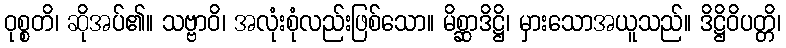
ဝုစ္စတိ၊ ဆိုအပ်၏။ သဗ္ဗာဝိ၊ အလုံးစုံလည်းဖြစ်သော။ မိစ္ဆာဒိဋ္ဌိ၊ မှားသောအယူသည်။ ဒိဋ္ဌိဝိပတ္တိ၊